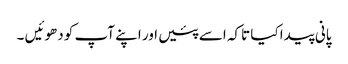
پانی پیدا کیا تاکہ اسے پئیں اور اپنے آپ کو دھوئیں ۔